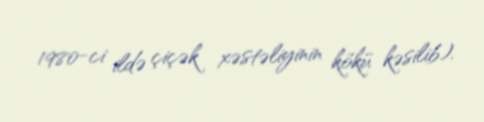
1980-ci ildə çiçək xəstəliyinin kökü kəsilib).